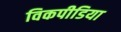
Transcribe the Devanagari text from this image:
विकपीडिया